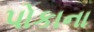
પોકાના